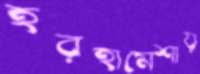
হরহামেশায়